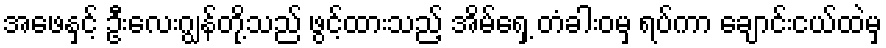
အဖေနှင့် ဦးလေးဂျွန်တို့သည် ဖွင့်ထားသည့် အိမ်ရှေ့ တံခါးဝမှ ရပ်ကာ ချောင်းငယ်ထဲမှ